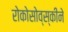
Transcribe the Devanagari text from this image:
रोकोसोव्स्कीने